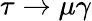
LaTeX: \tau\to\mu\gamma